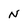
Character: N